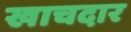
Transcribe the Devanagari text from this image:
खाचदार